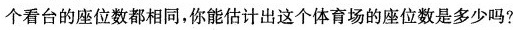
个看台的座位数都相同，你能估计出这个体育场的座位数是多少吗?